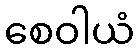
စေဝါယံ